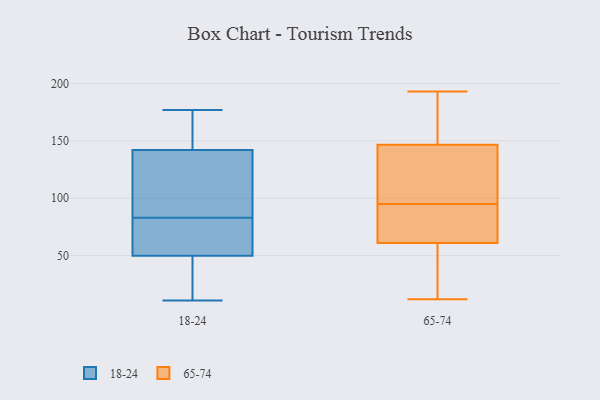
{"axis": {"x": "Production Output", "y": "Value"}, "legend": ["18-24", "65-74"], "data": [{"x": "", "y": 100, "type": "18-24"}, {"x": "", "y": 35, "type": "18-24"}, {"x": "", "y": 20, "type": "18-24"}, {"x": "", "y": 50, "type": "18-24"}, {"x": "", "y": 19, "type": "18-24"}, {"x": "", "y": 161, "type": "18-24"}, {"x": "", "y": 76, "type": "18-24"}, {"x": "", "y": 177, "type": "18-24"}, {"x": "", "y": 151, "type": "18-24"}, {"x": "", "y": 83, "type": "18-24"}, {"x": "", "y": 53, "type": "18-24"}, {"x": "", "y": 117, "type": "18-24"}, {"x": "", "y": 83, "type": "18-24"}, {"x": "", "y": 57, "type": "18-24"}, {"x": "", "y": 152, "type": "18-24"}, {"x": "", "y": 11, "type": "18-24"}, {"x": "", "y": 142, "type": "18-24"}, {"x": "", "y": 139, "type": "18-24"}, {"x": "", "y": 193, "type": "65-74"}, {"x": "", "y": 134, "type": "65-74"}, {"x": "", "y": 95, "type": "65-74"}, {"x": "", "y": 177, "type": "65-74"}, {"x": "", "y": 102, "type": "65-74"}, {"x": "", "y": 173, "type": "65-74"}, {"x": "", "y": 28, "type": "65-74"}, {"x": "", "y": 70, "type": "65-74"}, {"x": "", "y": 89, "type": "65-74"}, {"x": "", "y": 138, "type": "65-74"}, {"x": "", "y": 65, "type": "65-74"}, {"x": "", "y": 49, "type": "65-74"}, {"x": "", "y": 12, "type": "65-74"}]}